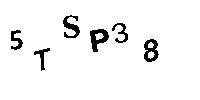
5TSP38